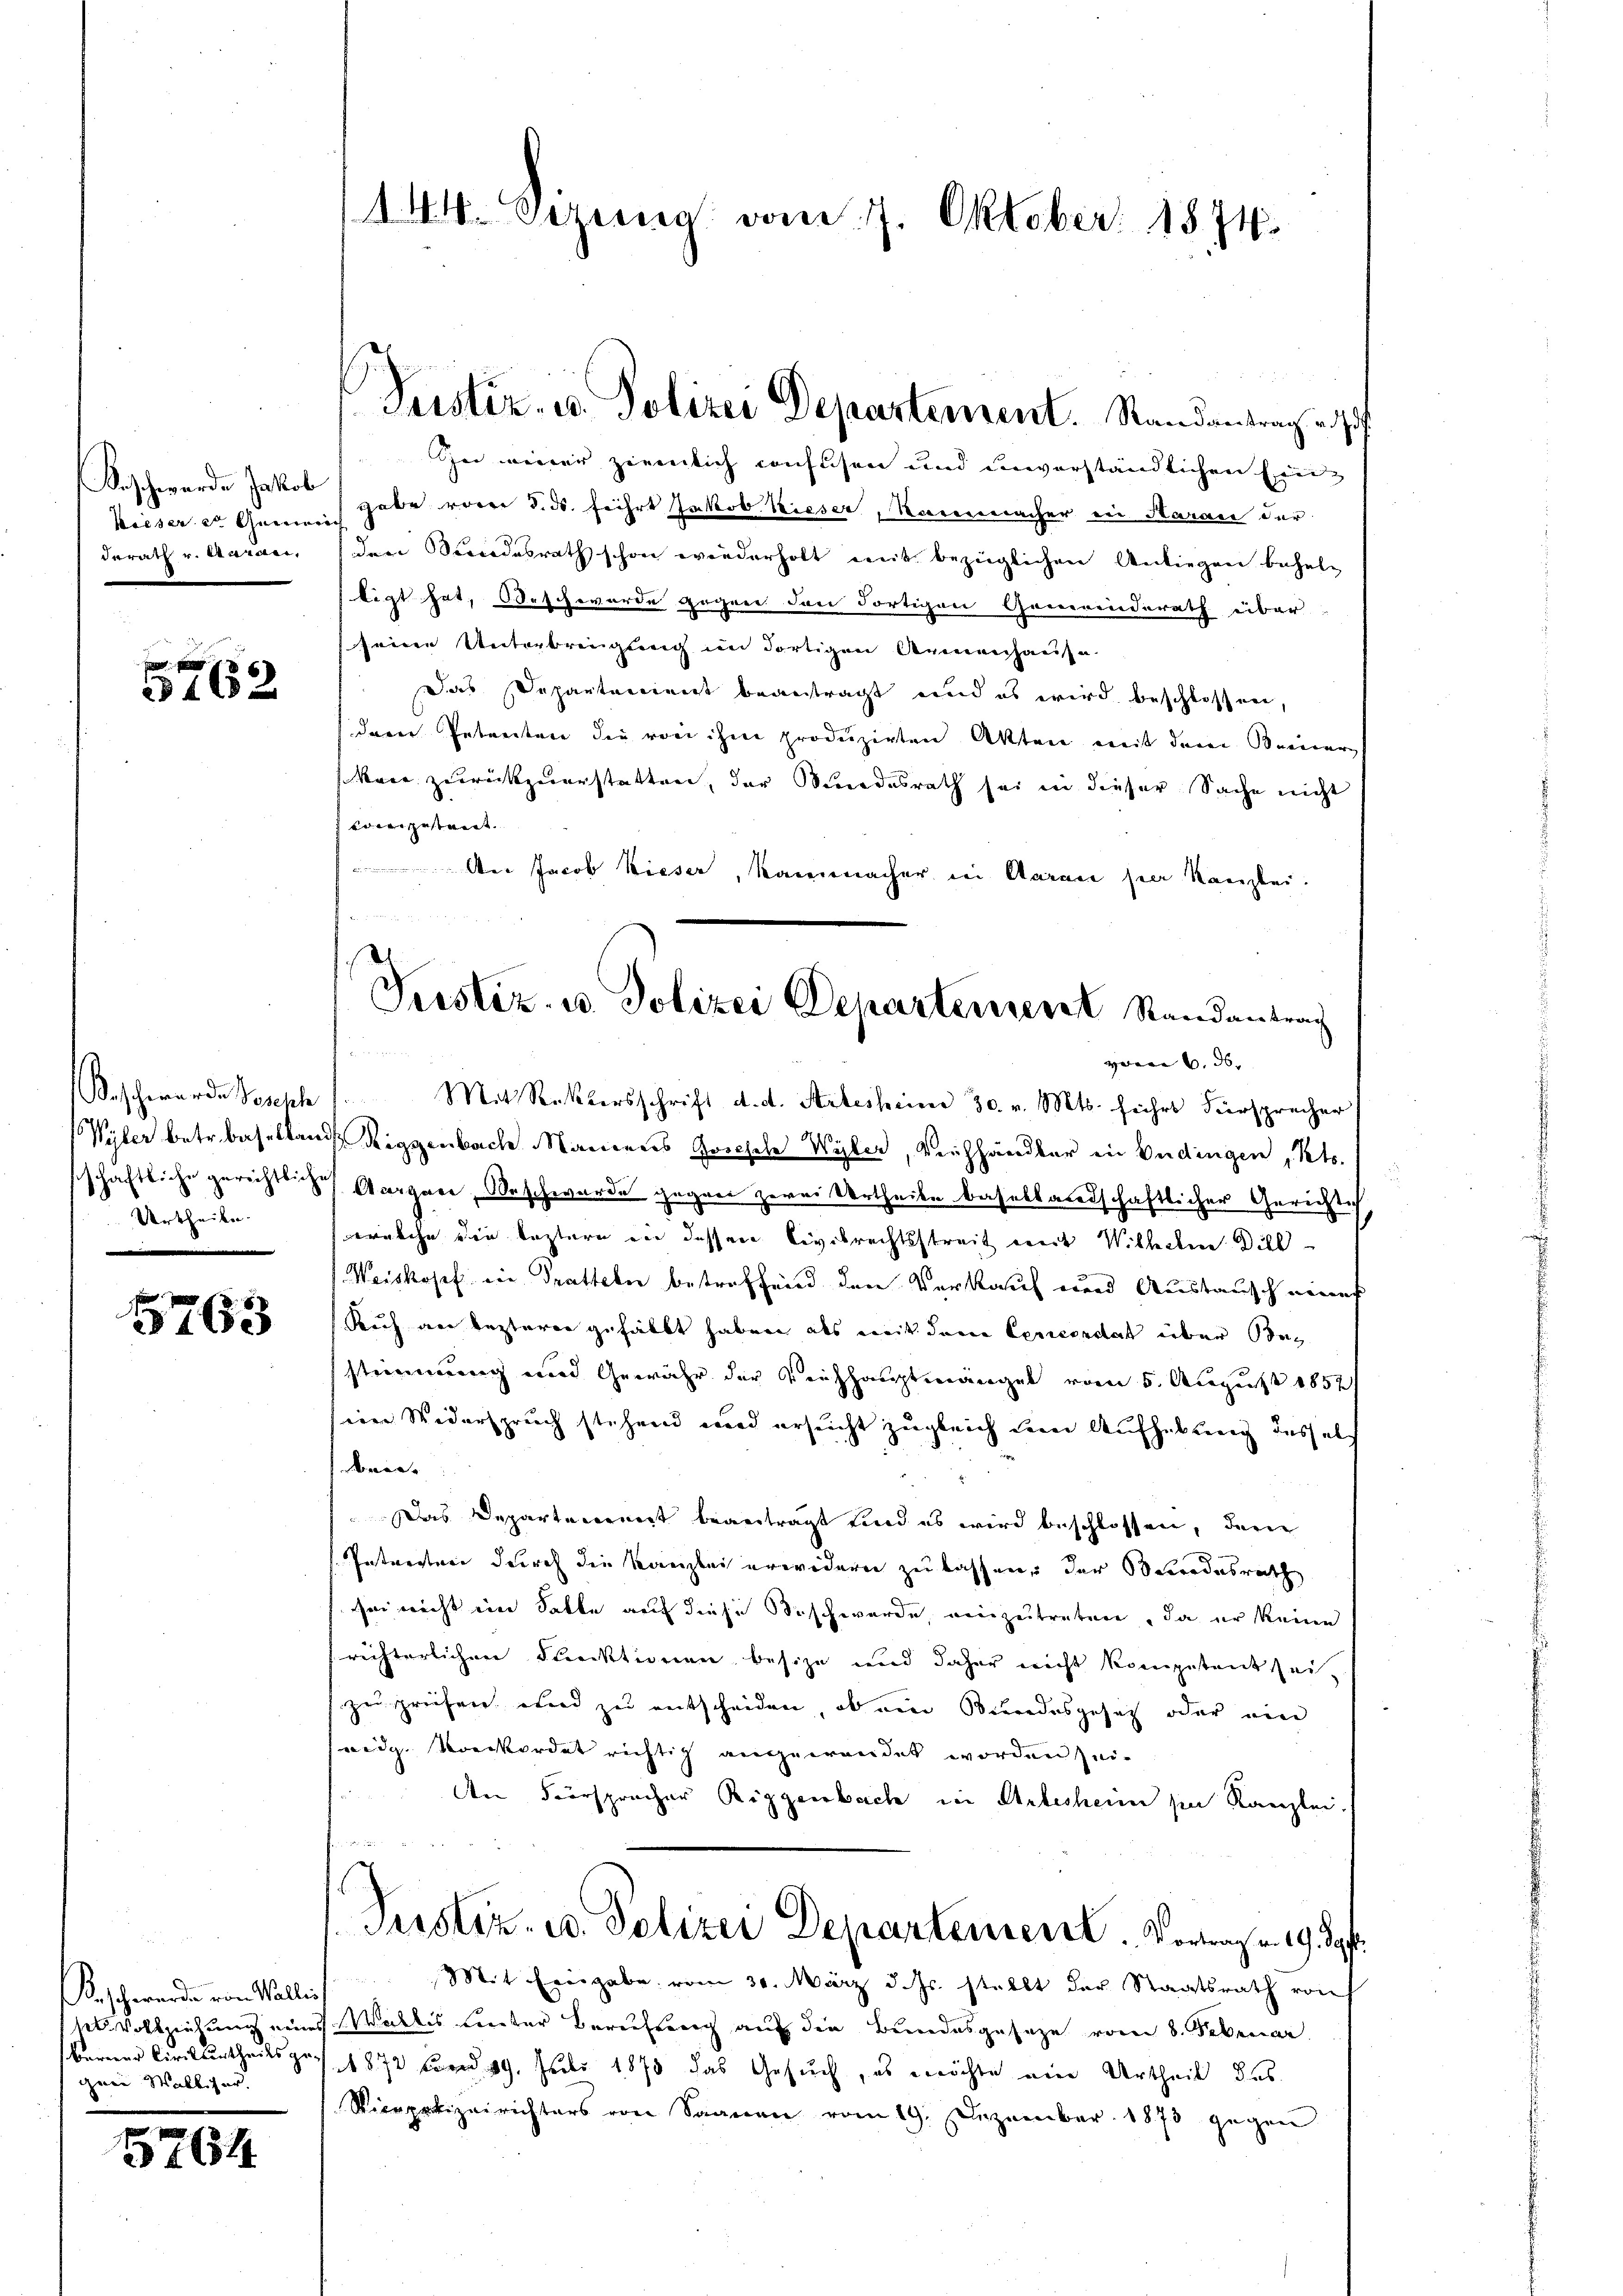
Beschwerde Jakob
Wieser er Gemein
derath v. Garan,

5762

Beschwerde Joseph
sschaftliche gerechtliche
Urtheile.

5763

eschwerde von Wallis,
set. Vollziehung neues
Berner Civilsurtheils zu
grei Walliser.

5764

144. Sizung vom 17. Oktober 1874.

Zu einer ziemlich confusen und unverständlichen Ein¬
 Habe vorer 8. ds. führt Jakob Kieser, Korrenmacher in Aarau der
den Kindesrath schon wiederholt mit bezüglichen Anliegen behal-
ligt hat, Beschworde gegen den dortigen Generenderath über
seine Unterbringung im dortigen Armenhause
Das Departement beantragt und es wird beschlossen,
derer Petreten die von ihm produzirten Akten mit dem Beiner
Mare zurückzuerstatten, der Mindesrath sei in dieser Sache nicht
vorergestreit.
Aer Jacob Wieser, Kannemacher in Aaran sie Kanzlei.
Mit Rücktersschrift d. d. Arbesseine 30. v. Mts. führt Fürsprecher
Vyler betr. Baselland Diggenbache Maueres Gortsele Wyler, Viehhändler in Bedingen, Kts.
Aargare, Beschwarde gegen zwei Vertheile baselbaredschaftlicher Gerichtich
welche die leztern ein dessen Civilrechtsstreit mit Wilhelm Dill
Weiskosef ein Tratteln betreffend den Verkauf und Austausch neuer
Ruch an lezterer gefällt haben als mit dem Gericorstat über Bestimmung und Gewähr der Viehhauptmängel vom 5. August 1857
im Widerspruch stehend wird ersucht zugleich um Aufhebung dessels
dnie.
Das Departennert beantragt sind es wird beschlossen, dem
Intersten durch die Kanzlei erwidern zu lassen, der Besondesrath
sei nicht im Salle auf diese Beschwerde, einzutreten, da er keine
richterlichen Strektionen besize und daher nicht kompetent sei-
zu prüfen und zu entscheiden, ob ein Bindesgesetz oder ein
eidg. Vorwordet richtig angewendet worden sei.
den Fürsprücher Riggenbach in Arbesheim sie Kanzlei.
u
Justiz- u. Polizei Departement. Vortrag v. 19. d.
Mit Eingabe vom 30. März d. Js. stellt der Staatsrath von
Walkes unter Berufung auf die Bundesgesage vom 8. Februar
1872 und 19. Juli 1875 das Gesuch, es möchte eine Urtheil des
Vicopolizeirichters von Saanen vom 19. Dezember 1873 gegen

Justiz- u. Polizei Departement. Randantrag u. s

Justiz- u. Polizei Departement Randantrag
vom 6. ds.